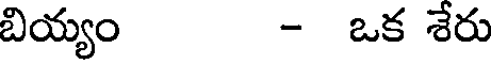
బియ్యం - ఒక శేరు